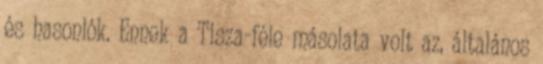
és hasonlók. Ennek a Tisza-féle másolata volt az, általános